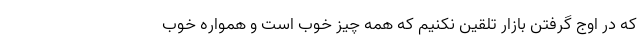
که در اوج گرفتن بازار تلقین نکنیم که همه چیز خوب است و همواره خوب